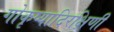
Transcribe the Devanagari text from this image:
गोकृष्यादिरक्षिणी